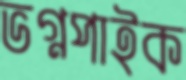
ভগ্নপাইক